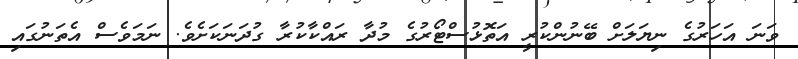
ވަނަ އަހަރުގެ ނިޔަލަށް ބޭނުންކުރީ އަތޮޅުސްޓޯރުގެ މުދާ ރައްކާކުރާ ގުދަނަކަށެވެ. ނަމަވެސް އެތަނުގައި